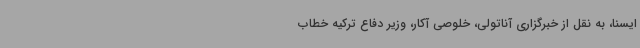
ایسنا، به نقل از خبرگزاری آناتولی، خلوصی آکار، وزیر دفاع ترکیه خطاب